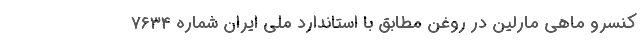
کنسرو ماهی مارلین در روغن مطابق با استاندارد ملی ایران شماره 7634